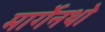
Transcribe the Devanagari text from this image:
मार्गेनथो